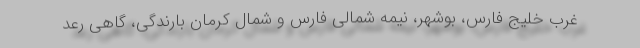
غرب خلیج فارس، بوشهر، نیمه شمالی فارس و شمال کرمان بارندگی، گاهی رعد